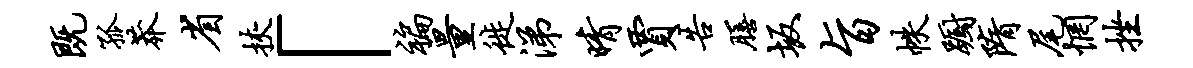
既孤莽省挟「褊量徙涕晴贾告膳坂旨帙蹰隋尾惘挫